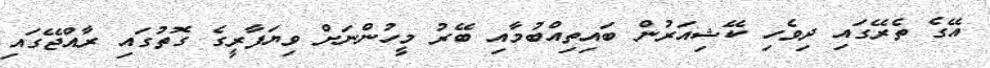
އޭގެ ތެރޭގައި ދިވެހި ކޭޝިއަރުން ބައިތިއްބުމާއި ބޭރު މީހުންނަށް ވިޔަފާރީގެ ގޮތުގައި ރާއްޖޭގައި